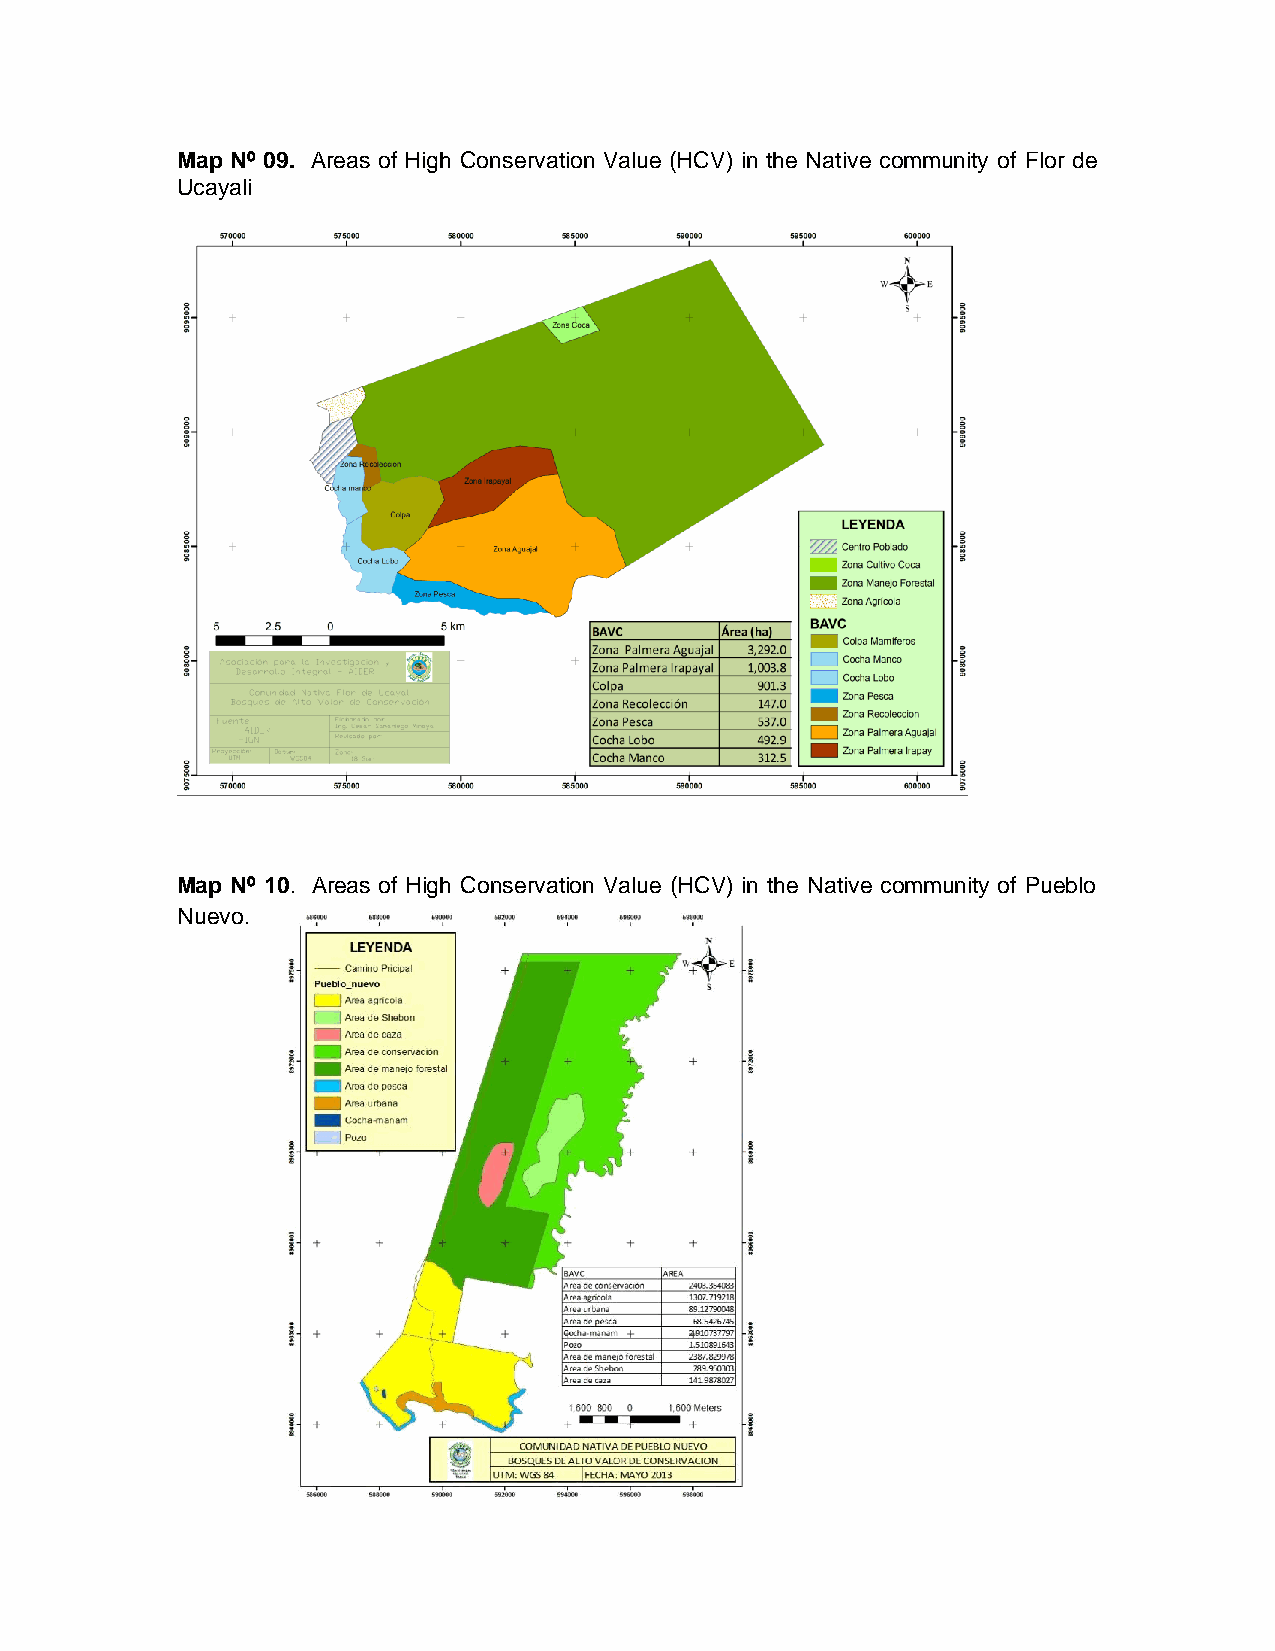
Map Nº 09. Areas of High Conservation Value (HCV) in the Native community of Flor de
 Ucayali
 Map Nº 10. Areas of High Conservation Value (HCV) in the Native community of Pueblo
 Nuevo.